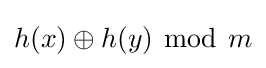
h(x)\oplus h(y)~{\bmod {~}}m